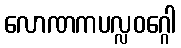
လောဏကပလ္လဝဂ္ဂေါ